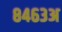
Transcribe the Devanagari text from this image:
८४६३अ